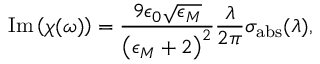
\operatorname { I m } \left( \chi ( \omega ) \right) = \frac { 9 \epsilon _ { 0 } \sqrt { \epsilon _ { M } } } { \left( \epsilon _ { M } + 2 \right) ^ { 2 } } \frac { \lambda } { 2 \pi } \sigma _ { \mathrm { a b s } } ( \lambda ) ,